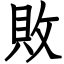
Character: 敗